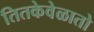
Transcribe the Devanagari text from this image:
तितकेवेळातो